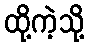
ထို့ကဲ့သို့